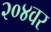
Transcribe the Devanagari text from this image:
२०४वर